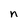
Character: n